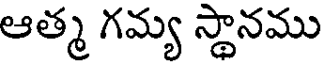
ఆత్మ గమ్య స్థానము